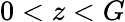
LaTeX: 0<z<G